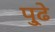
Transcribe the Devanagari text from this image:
पु्ढे